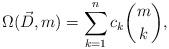
LaTeX: \begin{align*}\Omega(\vec{D},m)=\sum_{k=1}^{n}c_k\binom{m}{k},\end{align*}